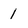
Character: 1